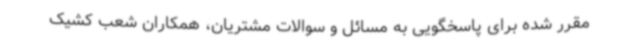
مقرر شده برای پاسخگویی به مسائل و سوالات مشتریان، همکاران شعب کشیک